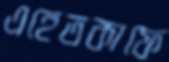
এহেতকাফে